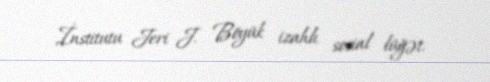
İnstitutu Jeri J. Böyük izahlı sosial lüğət.